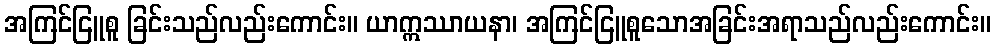
အကြင်ငြူစူ ခြင်းသည်လည်းကောင်း။ ယာဣဿာယနာ၊ အကြင်ငြူစူသောအခြင်းအရာသည်လည်းကောင်း။